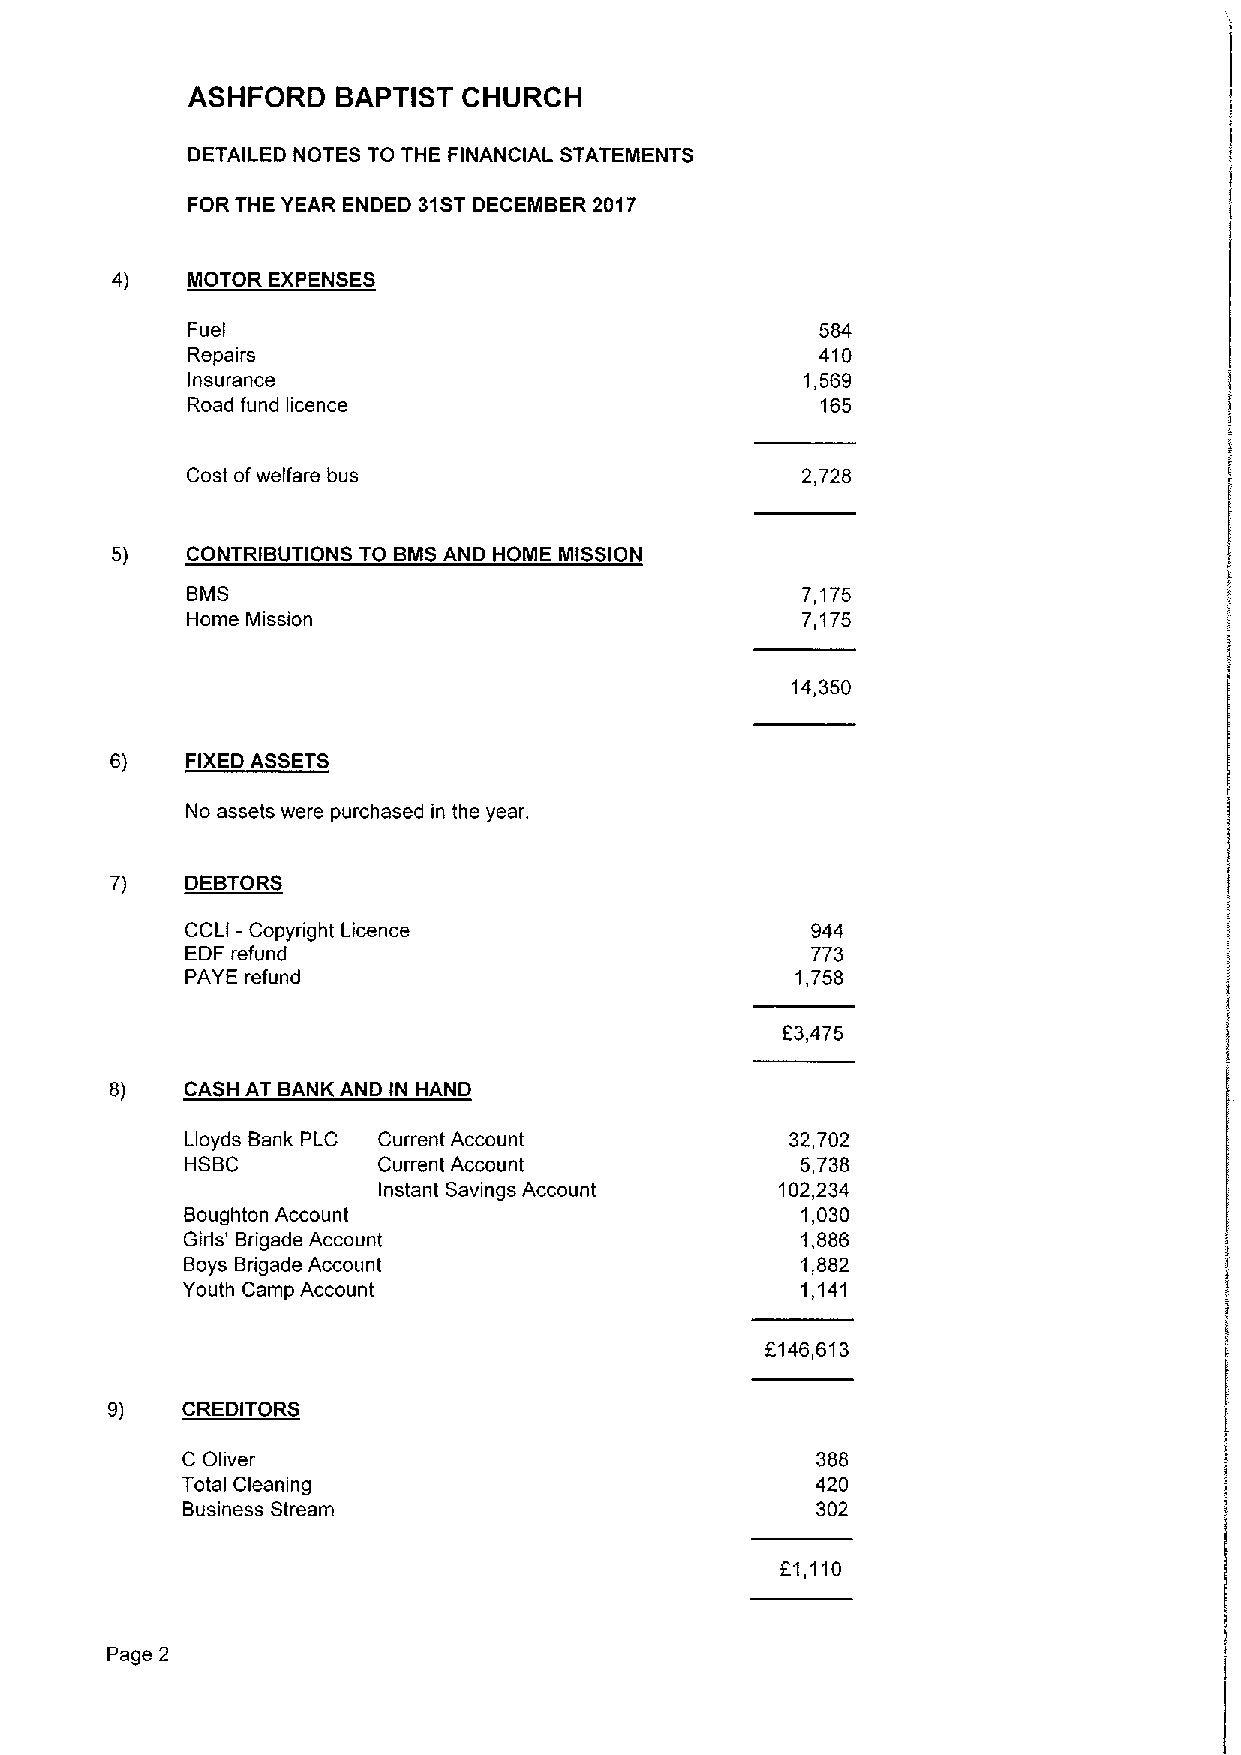
ASHFORD   BAPTIST  CHURCH
 DETAILED NOTES TO THE FINANCIAL STATEMENTS
 FOR THE YEAR ENDED 31STDECEMBER 2017
 4)   MOTOR EXPENSES
 Fuel                                      584
 Repairs                                   410
 Insurance                                1,569
 Road fund licence                         165
 Cost ofwelfare bus                       2,728
 5)   CONTRIBUTIONS TO BMSAND HOME MISSION
 BMS                                      7,175
 Home Mission                             7,175
 14,350
 6)   FIXEDASSETS
 No assets were purchased in the year.
 7)   DEBTORS
 CCLI —Copyright Licence                   944
 EDF refund                                773
 PAYE refund                              1,758
 83,475
 8)   CASH AT BANK AND IN HAND
 Current Account            32,702
 Current Account             5,738
 Instant Savings Account    102,234
 Boughton Account                         1,030
 Girls' Brigade Account                   1,886
 Boys Brigade Account                     1,882
 Youth Camp Account                       1,141
 f146,613
 9)   CREDITORS
 C Oliver                                  388
 Total Cleaning                            420
 Business Stream                           302
 51,110
 Page 2